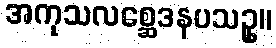
အကုသလစ္ဆေဒနပသဥှ။